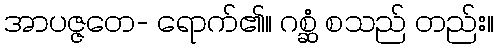
အာပဇ္ဇတေ- ရောက်၏။ ဂစ္ဆံ စသည် တည်း။